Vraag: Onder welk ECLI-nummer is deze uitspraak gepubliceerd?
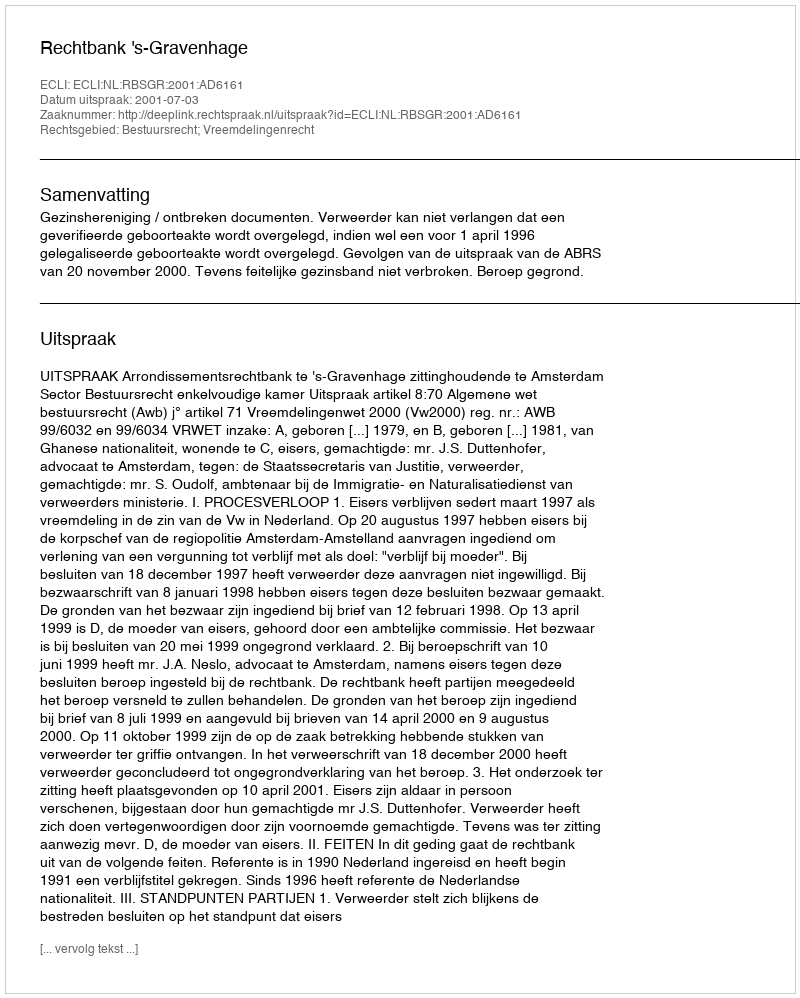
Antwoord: ECLI:NL:RBSGR:2001:AD6161